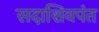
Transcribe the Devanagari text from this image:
सदाशिवपंत